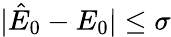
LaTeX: |\hat{E}_{0}-E_{0}|\leq\sigma